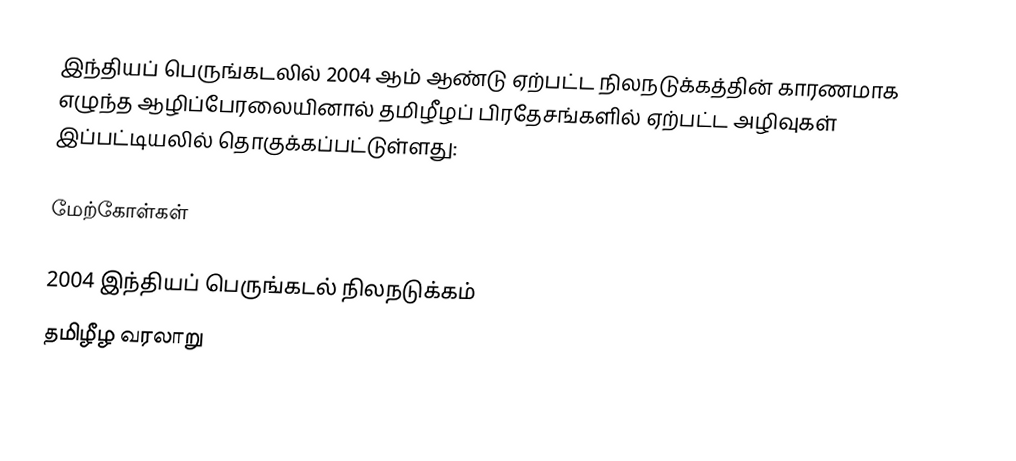
இந்தியப் பெருங்கடலில் 2004 ஆம் ஆண்டு ஏற்பட்ட நிலநடுக்கத்தின் காரணமாக எழுந்த ஆழிப்பேரலையினால் தமிழீழப் பிரதேசங்களில் ஏற்பட்ட அழிவுகள் இப்பட்டியலில் தொகுக்கப்பட்டுள்ளது:

மேற்கோள்கள்

2004 இந்தியப் பெருங்கடல் நிலநடுக்கம்
தமிழீழ வரலாறு